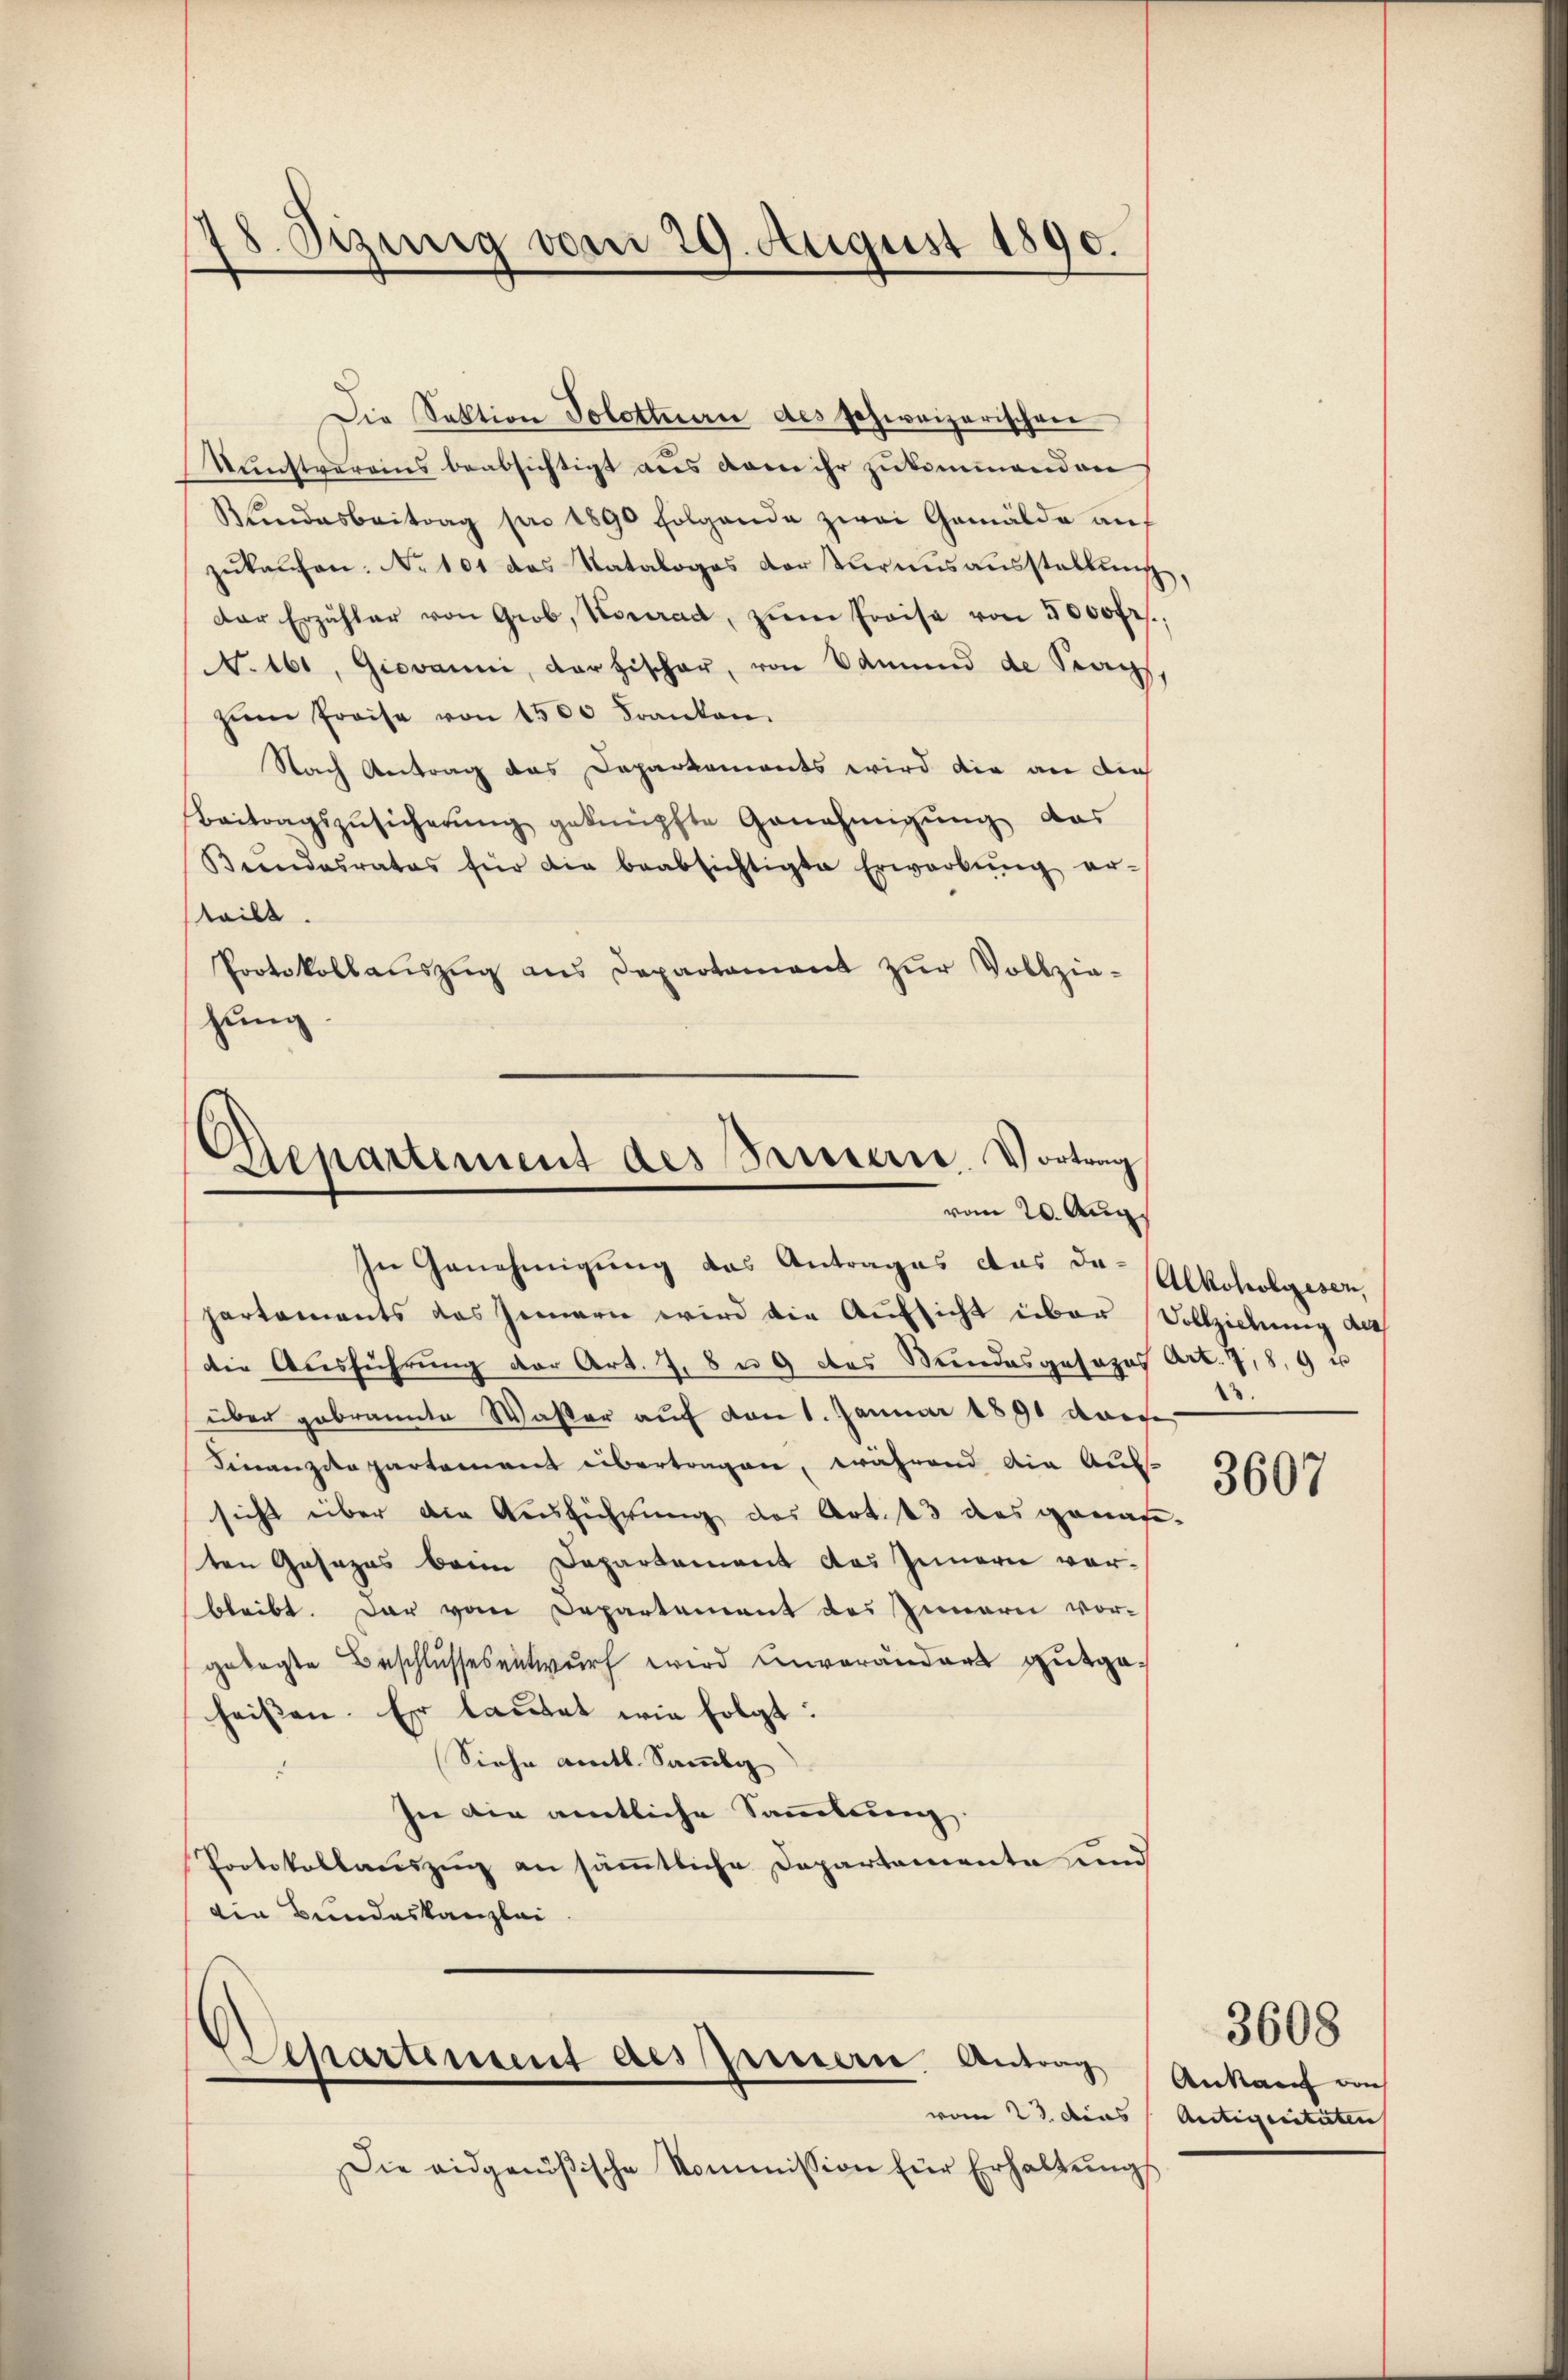
8. Dezing vom 29. August 1890.

Die Sektion Solottern des schweizerischen
Kunstvereins beabsichtigt aus dann ihr zukommenden
Kundesbeitrag pro 1890 folgende zwai Gemälde aŭf
zukaufen. No 101 das Kataloges dortarausausstellung,
Der Erzähler von Grob, Konrad, zŭm Preise von 5000fr.
N. 161, Giovanni, dortischer, von Samŭnd de Sags,
zŭm Preise von 1500 Franken.
Nach Antrag das Daparkaments wird die an dies
Beitragszŭsicherŭng geknüpfte Genehmigŭng das
Bŭndesrates für die beabsichtigte Erwarbŭng er-
teilt.
Protokollauszug aus Departement zur Vollzie-
hung.

Departement des Princerne. Vortrag
vom 20. Aug.

In Genehmigung das Antrages das de Alkoholgesen,
partements das Innern wird die Aufsicht über Vollziehung auf
die Ausführung der Art. 7, 8 u 9 des Mindesgesezes Art. 789 u
über gebrannte Waster auf von 1. Januar 1890 darfe
Finanzdepartement übertragen, während die Aus-
sicht über die Ausführung des Art. 13 des genaseten Gasazes beim Departement des Innern vorbleibt. Dar vom Departement des Innern vor-
gelegte Beschlussesentwurf wird unveränders gutgeheissen. Er lautet wie folgt:
Siehe amtl. Sammli
In ain amtliche Sammlung
Protokollauszug an sämmtliche Departamente und
die Bundeskanzlei

Separtement des Innern. Antrag
vom 23. dies

Die eidgenößische Kommission für Erhaltŭngs

3.

3607

Ankauf von
Antigenitäten |

3608